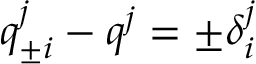
q _ { \pm i } ^ { j } - q ^ { j } = \pm \delta _ { i } ^ { j }